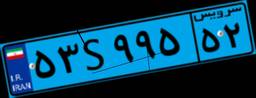
۵۳S۹۹۵۵۲